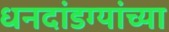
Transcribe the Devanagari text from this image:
धनदांडग्यांच्या